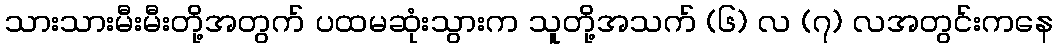
သားသားမီးမီးတို့အတွက် ပထမဆုံးသွားက သူတို့အသက် (၆) လ (၇) လအတွင်းကနေ